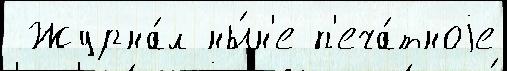
 Журна́л ны́н'е п'еча́тноjе